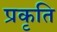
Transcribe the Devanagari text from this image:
प्रकृति